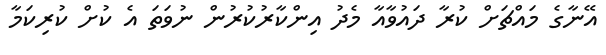
އޭނާގެ މައްޗަށް ކުރާ ދައުވާއާ މެދު އިންކާރުކުރުން ނުވަތަ އެ ކުށް ކުރިކަމާ